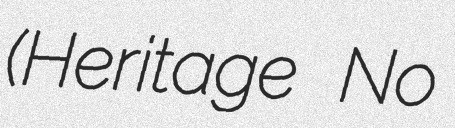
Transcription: (Heritage No